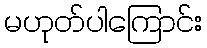
မဟုတ်ပါကြောင်း